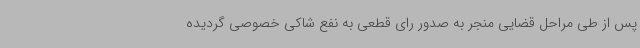
پس از طی مراحل قضایی منجر به صدور رای قطعی به نفع شاکی خصوصی گردیده